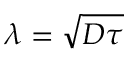
\lambda = \sqrt { D \tau }